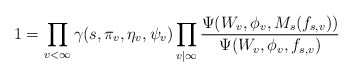
\begin{align*}1=\prod_{v<\infty}\gamma(s,\pi_v,\eta_v,\psi_v) \prod_{v|\infty}\frac{\Psi(W_v, \phi_v, M_s(f_{s,v}))}{\Psi(W_v, \phi_v, f_{s,v})}\end{align*}